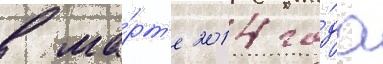
в ма́рт'е 2014 го́да